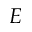
{ \cal E }